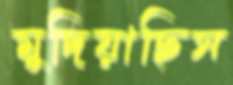
মুদিয়াছিস